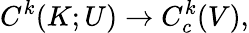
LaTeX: C^{k}(K;U)\to C_{c}^{k}(V),